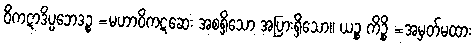
ဝိကဋာဒိပ္ပဘေဒဉ္စ =မဟာဝိကဋဆေး အစရှိသော အပြားရှိသော။ ယဉ္စ ကိဉ္စိ =အမှတ်မထား